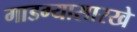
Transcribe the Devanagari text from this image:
गाडग्यासारखे